Leaving Certificate Examination, 1907
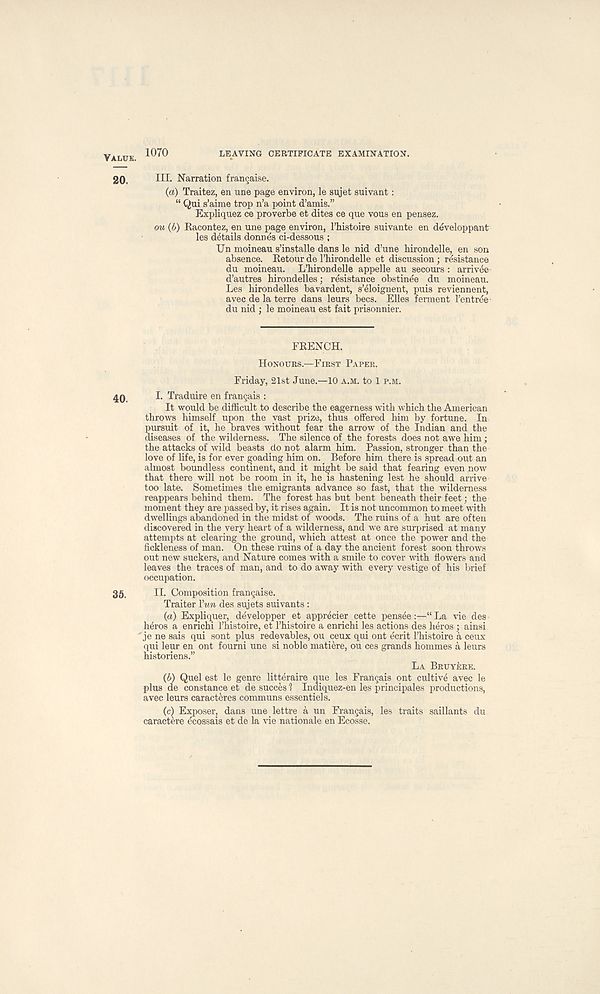
VALUE. 1070
LEAVING CERTIFICATE EXAMINATION.
20.
III. Narration franchise.
(a) Traitez, en une page environ, le sujet suivant:
“ Qui s’aime trop n’a point d’amis.”
Expliquez ce proverbe et dites ce que vous en pensez.
ou (b) Racontez, en une page environ, 1’histoire suivante en developpant
les details donnes ci-dessous ;
Un moineau s’installe dans le nid d’une hirondelle, en son
absence. Retour de I’hirondelle et discussion; resistance
du moineau. L’hirondelle appelle au secours : arrivee
d’autres hirondelles; resistance obstinee du moineau.
Les hirondelles bavardent, s’eloignent, puis reviennent,
avec de la terre dans leurs bees. Elies ferment 1’entree
du nid ; le moineau est fait prisonnier.
FRENCH.
HONOURS—FIRST PAPER.
Friday, 21st June.—10 A.M. to 1 P.M.
40
I. Traduire en frangais :
It would be difficult to describe the eagerness with which the American
throws himself upon the vast prize, thus offered him by fortune. In
pursuit of it, he braves without fear the arrow of the Indian and the
diseases of the wilderness. The silence of the forests does not awe him;
the attacks of wild beasts do not alarm him. Passion, stronger than the
love of life, is for ever goading him on. Before him there is spread out an
almost boundless continent, and it might be said that fearing even now
that there will not be room in it, he is hastening lest he should arrive
too late. Sometimes the emigrants advance so fast, that the wilderness
reappears behind them. The forest has but bent beneath their feet; the
moment they are passed by, it rises again. It is not uncommon to meet with
dwellings abandoned in the midst of woods. The ruins of a hut are often
discovered in the very heart of a wilderness, and we are surprised at many
attempts at clearing the ground, which attest at once the power and the
fickleness of man. On these ruins of a day the ancient forest soon throws
out new suckers, and Nature comes with a smile to cover with flowers and
leaves the traces of man, and to do away with every vestige of his brief
occupation.
35,
II. Composition frangaise.
Traiter Yun des sujets suivants :
(a) Expliquer, developper et apprecier cette pensee :—“ La vie des
heros a enrichi 1’histoire, et Thistoire a enrichi les actions des heros ; ainsi
je ne sais qui sont plus redevables, ou ceux qui ont ecrit 1’histoire a ceux
qui leur en ont fourni une si noble matiere, ou ces grands hommes a leurs
historiens.”
LA BRUYERE.
{b) Quel est le genre litteraire que les Frangais ont cultive avec le
plus de Constance et de succes 1 Indiquez-en les principales productions,
avec leurs caracteres communs essentiels.
(c) Exposer, dans une _ lettre a un Frangais, les traits saillants du
caractere ecossais et de la vie nationale en Ecosse.